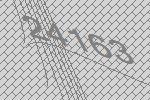
24163